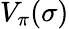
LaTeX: V_{\pi}(\sigma)